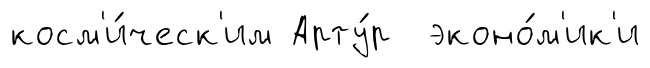
косм'и́ческ'им Арту́р эконо́м'ик'и